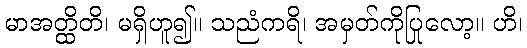
မာအတ္ထိတိ၊ မရှိဟူ၍။ သညံကရိ၊ အမှတ်ကိုပြုလော့။ ဟိ၊